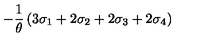
- \frac { 1 } { \theta } \left( 3 \sigma _ { 1 } + 2 \sigma _ { 2 } + 2 \sigma _ { 3 } + 2 \sigma _ { 4 } \right)